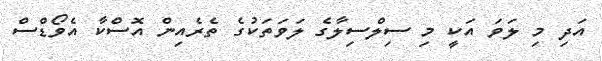
އަދި މި ލަވަ އަކީ މި ސިލްސިލާގެ ލަވަތަކުގެ ތެރެއިން އޮސްކާ އެވޯޑްސް